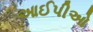
આઈપીઓ